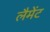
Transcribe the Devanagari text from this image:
लैमेंट